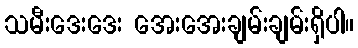
သမီးဒေးဒေး အေးအေးချမ်းချမ်းရှိပါ။